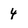
Character: 4